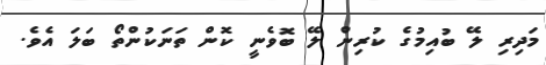
މަދިރި ލޭ ބުއިމުގެ ކުރިން ލޭ ބޮވެނީ ކޮން ތަނަކުންތޯ ބަލަ އެވެ.